Civil Veterinary Department Bengal reports 1923-33 - 1923-1933
Year: 1923
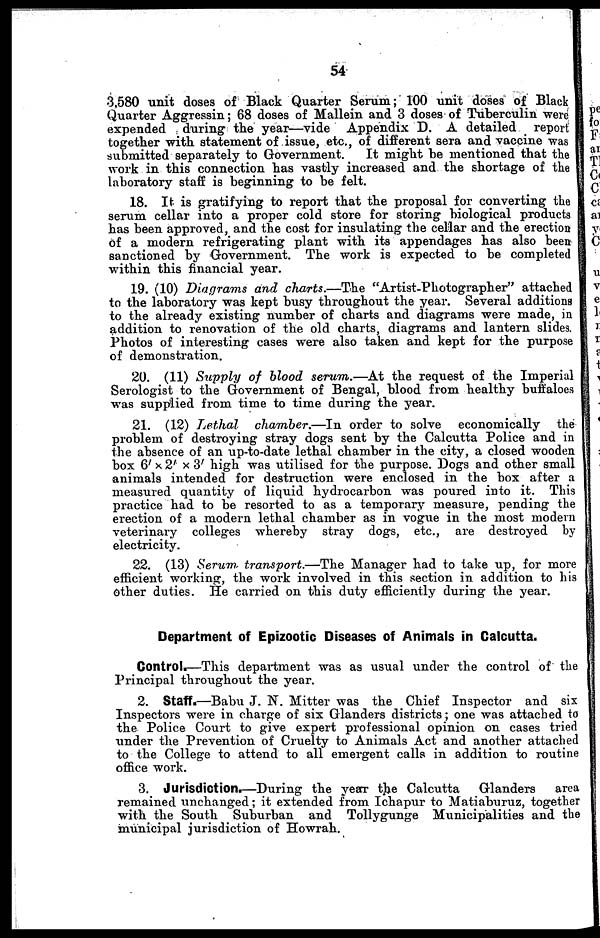
54
3,580 unit doses of Black Quarter Serum; 100 unit doses of Black
Quarter Aggressin; 68 doses of Mallein and 3 doses of Tuberculin were
expended during the year—vide Appendix D. A detailed
report
together with statement of issue, etc., of different sera and vaccine was
submitted separately to Government.
It might be mentioned that the
work in this connection has vastly increased and the shortage of the
laboratory staff is beginning to be felt.
18. It is gratifying to report that the proposal for converting the
serum cellar into a proper cold store for storing biological products
has been approved, and the cost for insulating the cellar and the erection
of a modern refrigerating plant with its appendages has also been
sanctioned by Government. The work is expected to be completed
within this financial year.
19. (10) Diagrams and charts.—The "Artist-Photographer" attached
to the laboratory was kept busy throughout the year. Several additions
to the already existing number of charts and diagrams were made, in
addition to renovation of the old charts, diagrams and lantern slides.
Photos of interesting cases were also taken and kept for the purpose
of demonstration.
20. (11) Supply of blood serum.—At the request of the Imperial
Serologist to the Government of Bengal, blood from healthy buffaloes
was supplied from time to time during the year.
21. (12) Lethal
chamber.—In order to solve economically the
problem of destroying stray dogs sent by the Calcutta Police and in
the absence of an up-to-date lethal chamber in the city, a closed wooden
box 6' x 2' x 3' high was utilised for the purpose. Dogs and other small
animals intended for destruction were enclosed in the box after a
measured quantity of liquid hydrocarbon was poured into it. This
practice had to be resorted to as a temporary measure, pending the
erection of a modern lethal chamber as in vogue in the most modern
veterinary colleges whereby stray dogs, etc., are destroyed by
electricity.
22. (13) Serum transport.—The Manager had to take up, for more
efficient working, the work involved in this section in addition to his
other duties. He carried on this duty efficiently during the year.
Department of Epizootic Diseases of Animals in Calcutta.
Control.—This department was as usual under the control of the
Principal throughout the year.
2. Staff.—Babu J. N. Mitter was the Chief Inspector and six
Inspectors were in charge of six Glanders districts; one was attached to
the Police Court to give expert professional opinion on cases tried
under the Prevention of Cruelty to Animals Act and another attached
to the College to attend to all emergent calls in addition to routine
office work.
3. Jurisdiction.—During the year the Calcutta
Glanders
area
remained unchanged; it extended from Ichapur to Matiaburuz, together
with the South Suburban and Tollygunge Municipalities and the
municipal jurisdiction of Howrah.